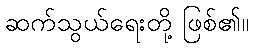
ဆက်သွယ်ရေးတို့ ဖြစ်၏။